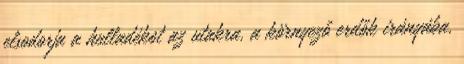
elsodorja a hulladékot az utakra, a környező erdők irányába,